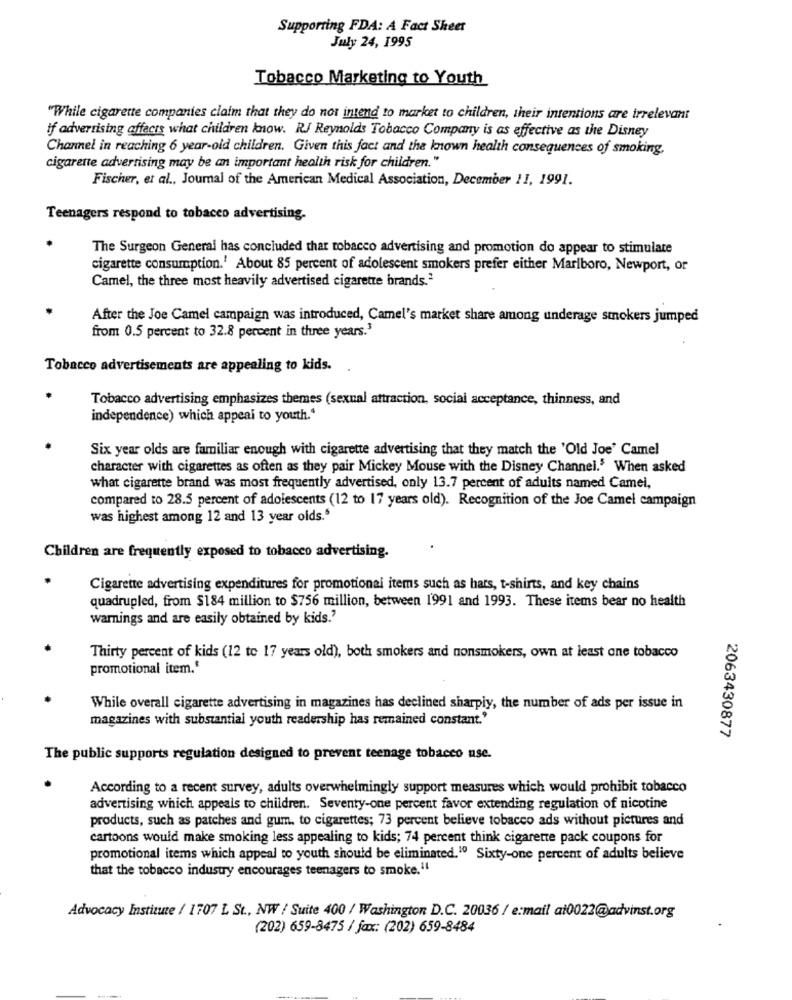
Supporting FDA: A Fact Sheer
July 24, 1995
Tobacco Marketing to Youth
"While cigarette companies claim that they do not intend to market to children, their intentions are irrelevant
if advertising affects what children know. RJ Reynolds Tobacco Company is as effective as the Disney
Channel in reaching 6 year-old children. Given this fact and the known health consequences of smoking,
cigarette advertising may be an important health risk for children."
Fischer, et al ., Journal of the American Medical Association, December 11, 1991.
Teenagers respond to tobacco advertising-
The Surgeon General has concluded thar tobacco advertising and promotion do appear to stimulate
cigarette consumption.' About 85 percent of adolescent smokers prefer either Marlboro, Newport, or
Camel, the three most heavily advertised cigarette brands.2
After the Joe Camel campaign was introduced, Camel's market share among underage smokers jumped
from 0.5 percent to 32.8 percent in three years.
Tobacco advertisements are appealing to kids.
Tobacco advertising emphasizes themes (sexual attraction, social acceptance, thinness, and
independence) which appeal to youth."
Six year olds are familiar enough with cigarette advertising that they match the 'Old Joe' Camel
character with cigarettes as often as they pair Mickey Mouse with the Disney Channel.5 When asked
what cigarette brand was most frequently advertised, only 13.7 percent of adults named Camel,
compared to 28.5 percent of adolescents (12 to 17 years old). Recognition of the Joe Camel campaign
was highest among 12 and 13 year olds.5
Children are frequently exposed to tobacco advertising.
Cigarette advertising expenditures for promotional items such as hars, t-shirts, and key chains
quadrupled, from $184 million to $756 million, between 1991 and 1993. These items bear no health
warnings and are easily obtained by kids.'
Thirty percent of kids (12 to 17 years old), both smokers and nonsmokers, own at least one tobacco
promotional item.'
While overall cigarette advertising in magazines has declined sharply, the number of ads per issue in
magazines with substantial youth readership has remained constant.'
2063430877
The public supports regulation designed to prevent teenage tobacco use.
According to a recent survey, adults overwhelmingly support measures which would prohibit tobacco
advertising which appeals to children. Seventy-one percent favor extending regulation of nicotine
products, such as patches and gum, to cigarettes; 73 percent believe tobacco ads without pictures and
cartoons would make smoking less appealing to kids; 74 percent think cigarette pack coupons for
promotional items which appeal to youth should be eliminated.10 Sixty-one percent of adults believe
that the tobacco industry encourages teenagers to smoke.11
Advocacy Institute / 1707 L St ., NW / Suite 400 / Washington D.C. 20036 / e:mail at0022@advinst.org
(202) 659-8475 / fax: (202) 659-8484